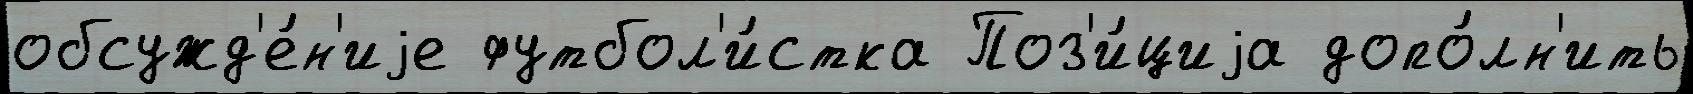
обсужд'е́н'иjе футбол'и́стка Поз'и́циjа допо́лн'ить